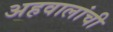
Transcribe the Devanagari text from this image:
अहवालांची